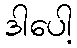
ဒါပေါ့